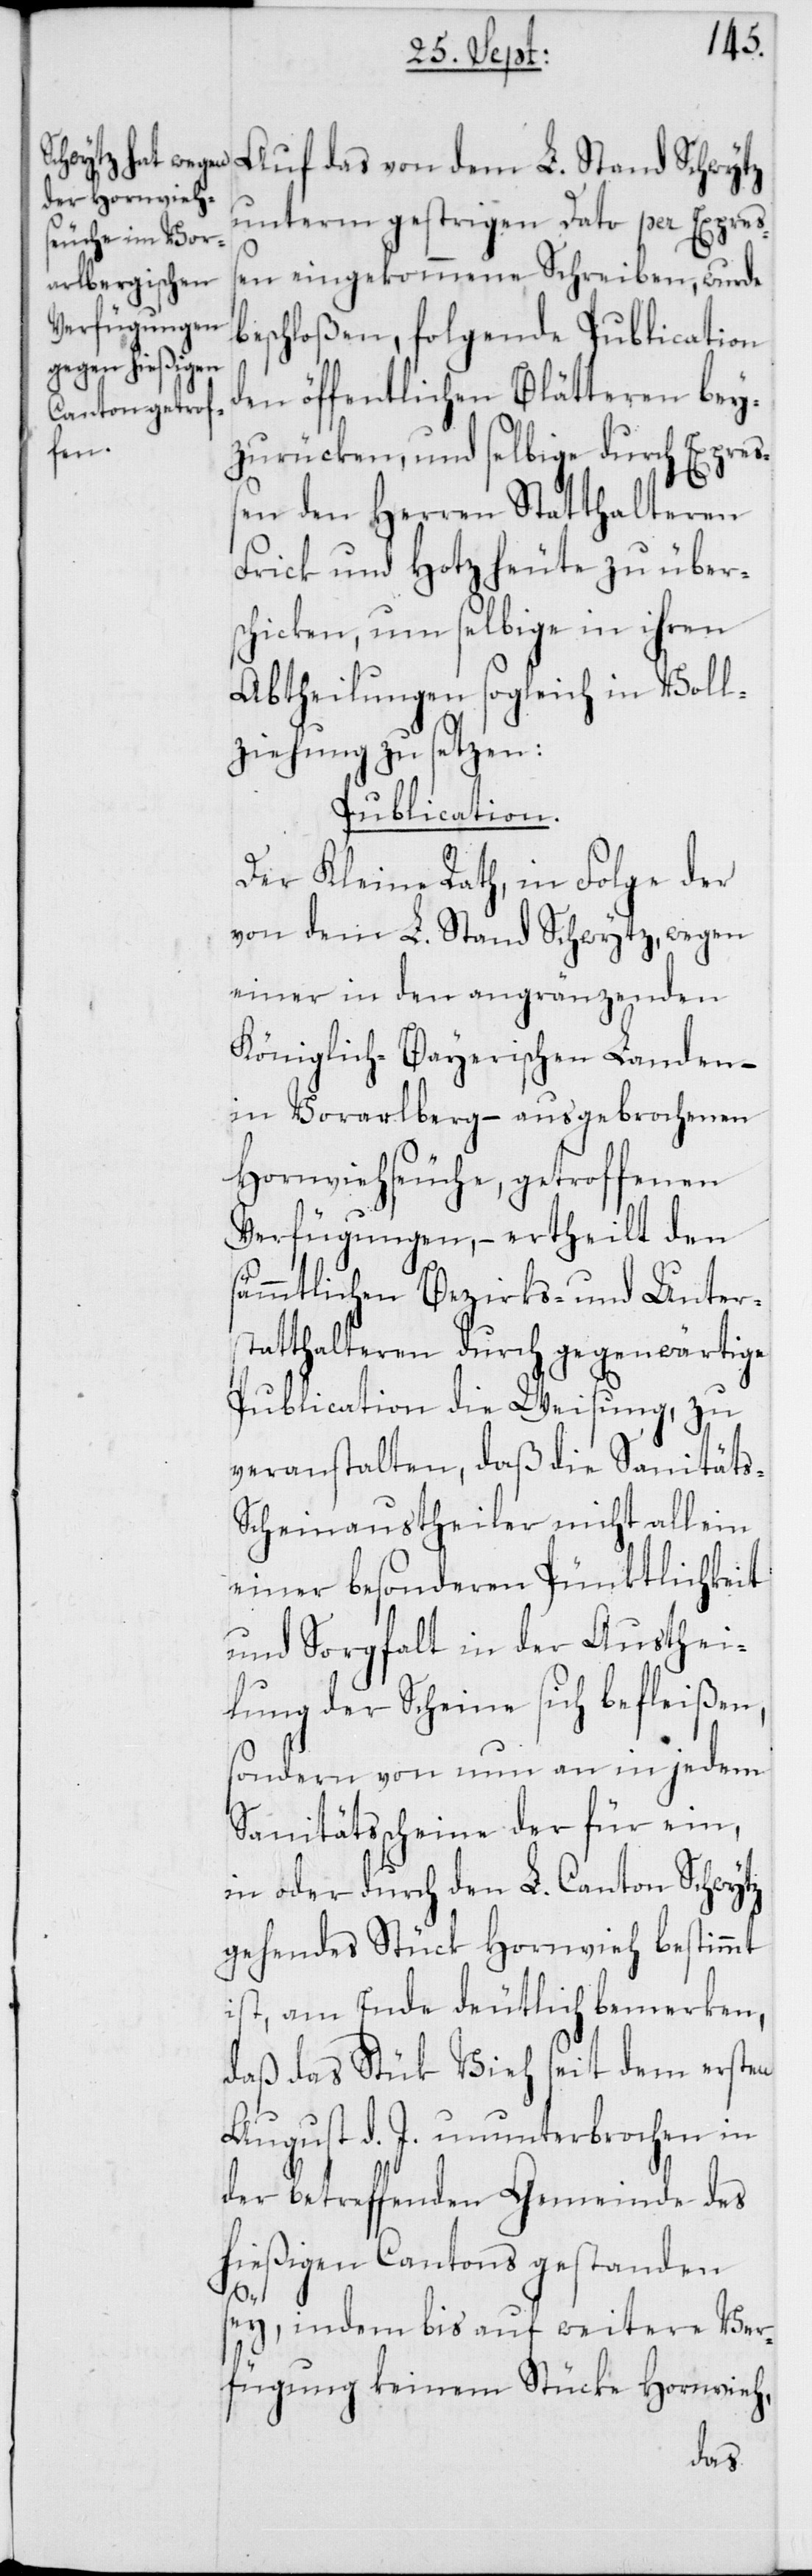
b¬
unterm gestrigen Dato per Expreß¬
en eingekommene Schreiben, wurde
eschloßen, folgende Publication
den öffentlichen Blätteren bey¬
zurücken, und selbige durch Expreß¬
en den Herren Statthalteren
Frick und Hotz heute zu übers¬
chicken, um selbige in ihren
Abtheilungen sogleich in Voll¬
ziehung zu setzen:
Publication.
Der Kleine Rath, in Folge der
von dem L. Stand Schwytz, wegen
einer in den angränzenden
Königlich-Bayerischen Landen –
in Vorarlberg – ausgebrochenen
Hornviehseuche, getroffenen
Verfügungen, – ertheilt den
sämmtlichen Bezirks- und Unters¬
tatthalteren durch gegenwärtige
Publication die Weisung, zu
veranstalten, daß die Sanitäts-S¬
cheinaustheiler nicht allein
einer besonderen Pünktlichkeit
und Sorgfalt in der Austhei¬
lung der Scheine sich befleißen,
sondern von nun an in jedem
Sanitätsscheine der für ein,
in oder durch den L. Canton Schwytz
gehendes Stück Hornvieh bestimmt
ist, am Ende deutlich bemerken,
daß das Stück Vieh seit dem ersten
August d. J. ununterbrochen in
der betreffenden Gemeinde des
hießigen Cantons gestanden
sey, indem bis auf weitere Ver¬
fügung keinem Stücke Hornvieh,
das